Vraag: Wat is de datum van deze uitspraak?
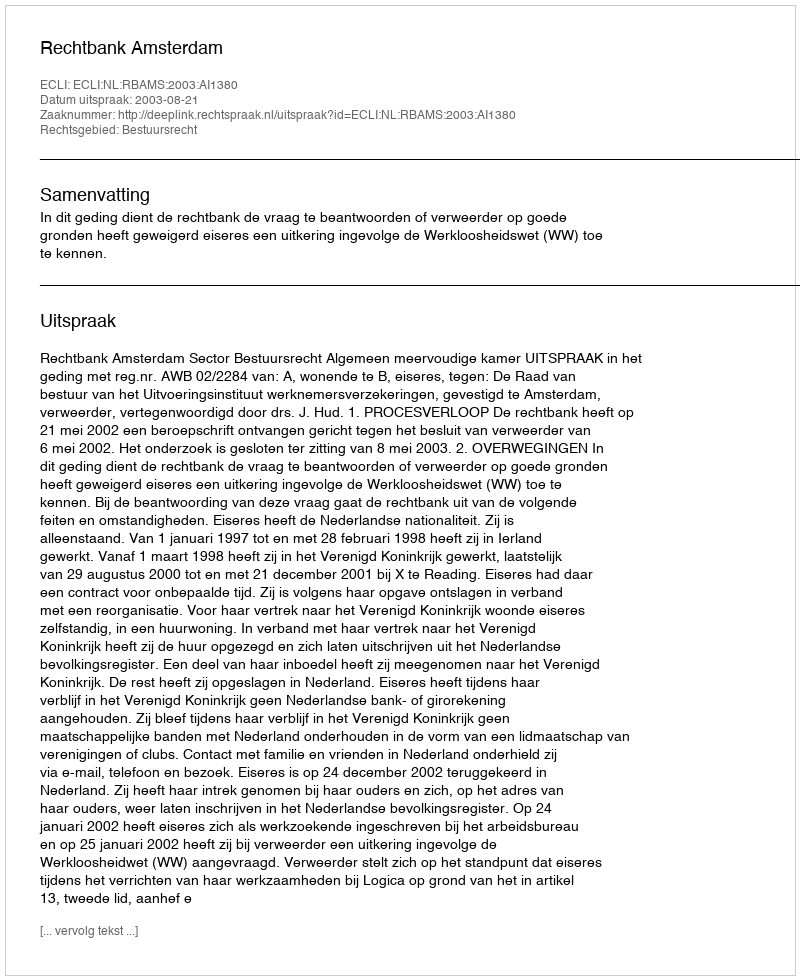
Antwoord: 2003-08-21